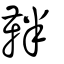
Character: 靽